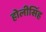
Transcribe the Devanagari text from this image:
होलीसिंह